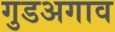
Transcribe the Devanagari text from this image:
गुडअगाव